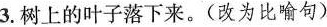
3.树上的叶子落下来。(改为比喻句)